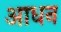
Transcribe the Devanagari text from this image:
आधन